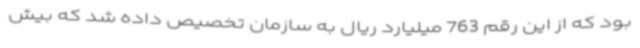
بود که از این رقم 763 میلیارد ریال به سازمان تخصیص داده شد که بیش